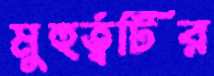
মুহুর্ত্বটির